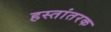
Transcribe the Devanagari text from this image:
हस्तांतरक